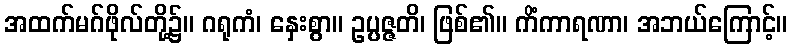
အထက်မဂ်ဖိုလ်တို့၌။ ဂရုကံ၊ နှေးစွာ။ ဥပ္ပဇ္ဇတိ၊ ဖြစ်၏။ ကိံကာရဏာ၊ အဘယ်ကြောင့်။